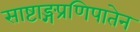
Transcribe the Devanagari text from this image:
साष्टाङ्गप्रणिपातेन